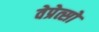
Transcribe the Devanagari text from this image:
वेप्रेत्सो